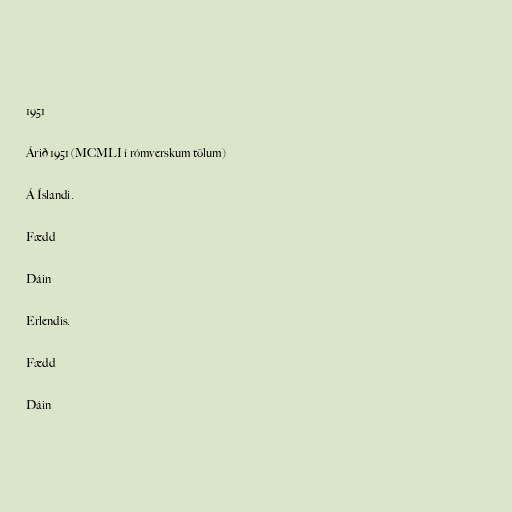
1951

Árið 1951 (MCMLI í rómverskum tölum)

Á Íslandi.

Fædd

Dáin

Erlendis.

Fædd

Dáin